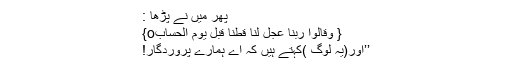
پھر میں نے پڑھا :
{ وَقَالُوْا رَبَّنَا عَجِّلْ لَّنَا قِطَّنَا قَبْلَ یَوْمِ الْحِسَابِo}
’’اور(یہ لوگ )کہتے ہیں کہ اے ہمارے پروردگار!